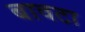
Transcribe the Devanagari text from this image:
बावटा